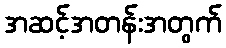
အဆင့်အတန်းအတွက်